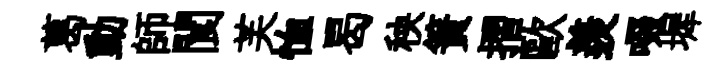
葛動師閬芙恤曷秧簀摺歐羨啜墀